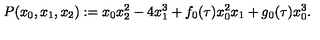
P ( x _ { 0 } , x _ { 1 } , x _ { 2 } ) : = x _ { 0 } x _ { 2 } ^ { 2 } - 4 x _ { 1 } ^ { 3 } + f _ { 0 } ( \tau ) x _ { 0 } ^ { 2 } x _ { 1 } + g _ { 0 } ( \tau ) x _ { 0 } ^ { 3 } .